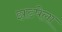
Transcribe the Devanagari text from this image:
झडपेला